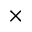
\times